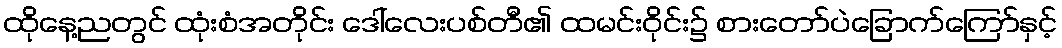
ထိုနေ့ညတွင် ထုံးစံအတိုင်း ဒေါ်လေးပစ်တီ၏ ထမင်းဝိုင်း၌ စားတော်ပဲခြောက်ကြော်နှင့်